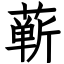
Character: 蕲